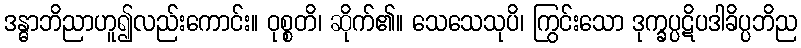
ဒန္ဓာဘိညာဟူ၍လည်းကောင်း။ ဝုစ္စတိ၊ ဆိုက်၏။ သေသေသုပိ၊ ကြွင်းသော ဒုက္ခပ္ပဋိပဒါခိပ္ပဘိည